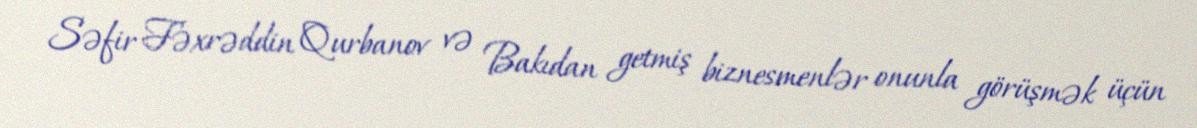
Səfir Fəxrəddin Qurbanov və Bakıdan getmiş biznesmenlər onunla görüşmək üçün